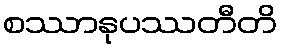
စဿာနုပဿတီတိ